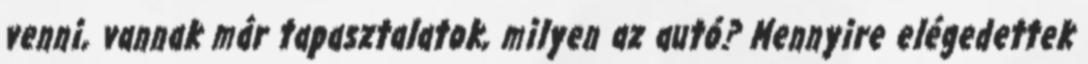
venni, vannak már tapasztalatok, milyen az autó? Mennyire elégedettek